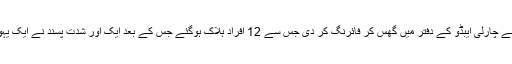
پہلے سعید اور شریف کواشی نامی دو بھائیوں نے چارلی ایبڈو کے دفتر میں گھس کر فائرنگ کر دی جس سے 12 افراد ہلاک ہوگئے جس کے بعد ایک اور شدت پسند نے ایک یہودی سپر مارکیٹ میں مزید افراد کو نشانہ بنایا۔